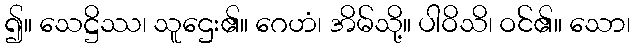
၍။ သေဋ္ဌိဿ၊ သူဌေး၏။ ဂေဟံ၊ အိမ်သို့။ ပါဝိသိ၊ ဝင်၏။ သော၊